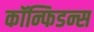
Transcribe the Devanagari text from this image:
कॉन्फिडन्स